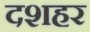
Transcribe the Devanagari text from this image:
दशहर